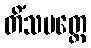
တိံသမတ္တေ